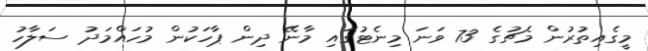
މީގެއިތުރުން މެޗުގެ 73 ވަނަ މިނެޓުގައި މާނޭ ދިން ޕާހަކުން މުހައްމަދު ސަލާހު